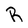
Character: R